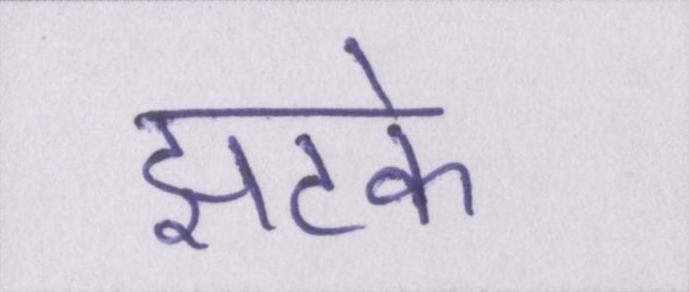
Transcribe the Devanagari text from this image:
झटके